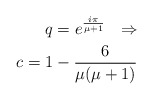
\begin{align*}q = e^{\frac{i\pi}{\mu + 1}} \ \ \Rightarrow \\ c = 1 - \frac{6}{\mu (\mu + 1)} \end{align*}